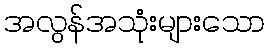
အလွန်အသုံးများသော